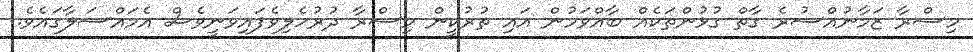
މިސްރާ ޒަމާނުއްސުރެ ގާތް ގުޅުންތަކެއް ބާއްވަމުން އައި ތުރުކީން މިސްރާ ދުރުހެލިވެފައިވަނީވެސް އެމައްސަލާގައެވެ.